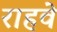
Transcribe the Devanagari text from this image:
राहवे